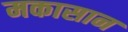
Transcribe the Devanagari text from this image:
मकासान